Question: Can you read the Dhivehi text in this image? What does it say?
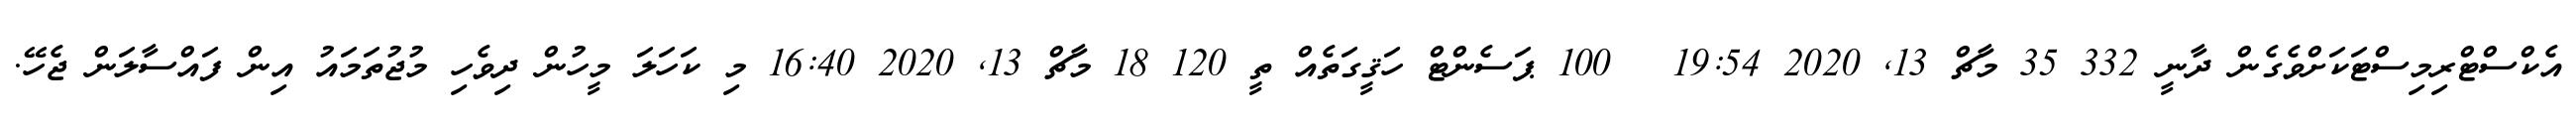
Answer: އެކްސްޓްރިމިސްޓަކަށްވެގެން ދާނީ 332 35 މާޗް 13, 2020 19:54 ? 100 ޕަސެންޓް ހަޤީގަތެއް ތީ 120 18 މާޗް 13, 2020 16:40 މި ކަހަލަ މީހުން ދިވެހި މުޖުތަމައު އިން ފައްސާލަން ޖެހޭ.